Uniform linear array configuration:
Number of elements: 48
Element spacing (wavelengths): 0.75
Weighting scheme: uniform
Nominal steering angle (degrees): -60
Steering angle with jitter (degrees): -60.343
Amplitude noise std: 0.05
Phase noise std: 0.05

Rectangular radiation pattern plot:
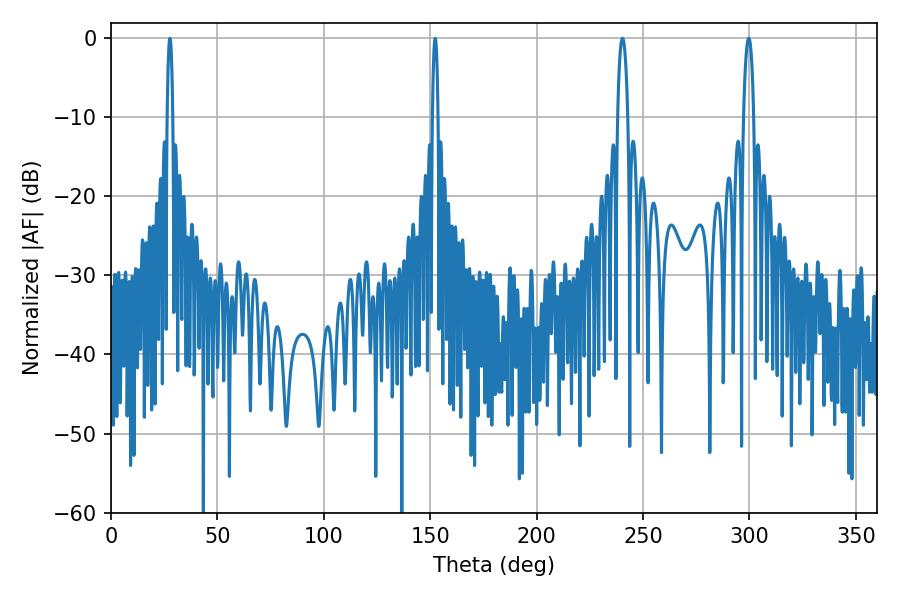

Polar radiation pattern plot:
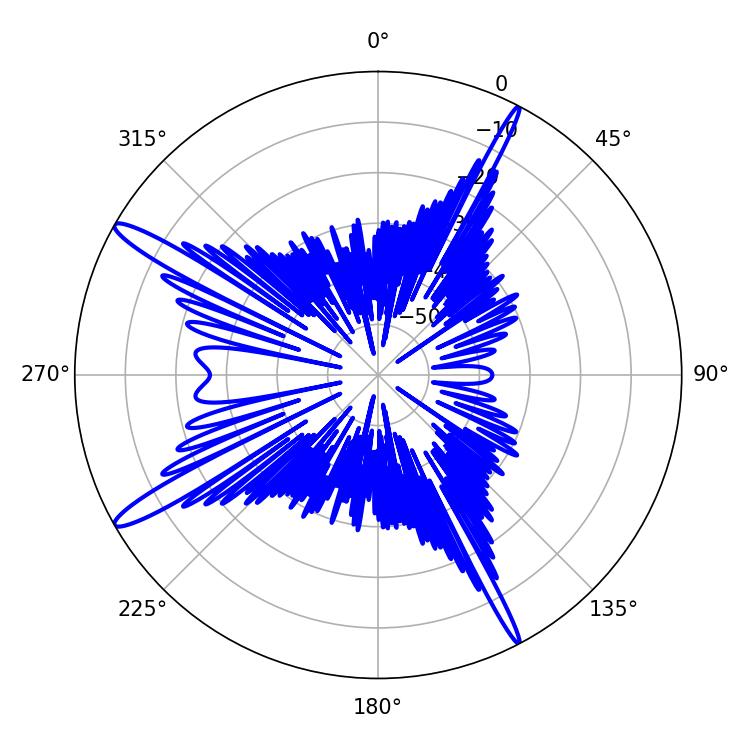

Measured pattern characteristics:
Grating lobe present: TRUE
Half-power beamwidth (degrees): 2.7
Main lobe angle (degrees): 240.3